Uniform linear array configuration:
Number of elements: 8
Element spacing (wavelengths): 0.25
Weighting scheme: hamming
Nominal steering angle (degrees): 45
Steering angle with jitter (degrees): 44.656
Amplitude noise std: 0.05
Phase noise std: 0.05

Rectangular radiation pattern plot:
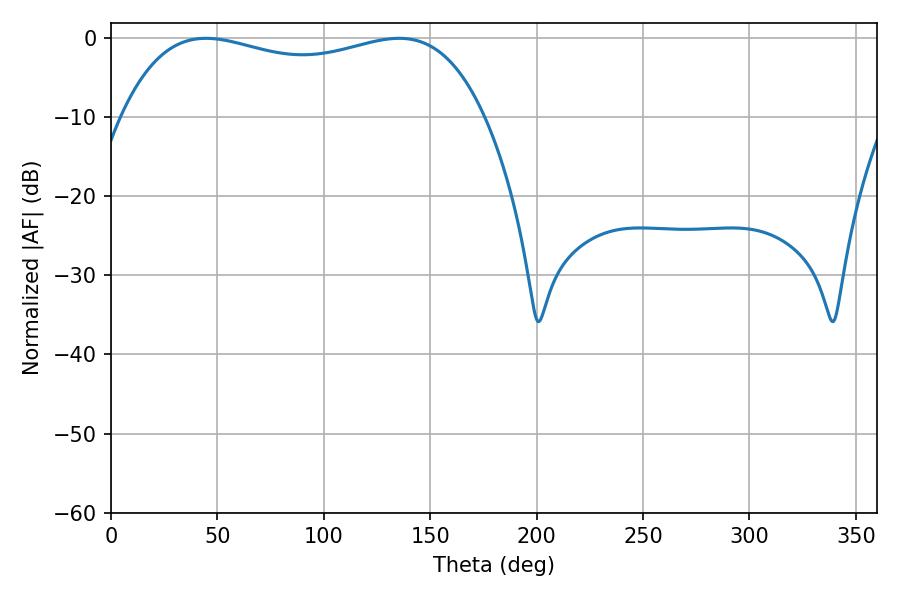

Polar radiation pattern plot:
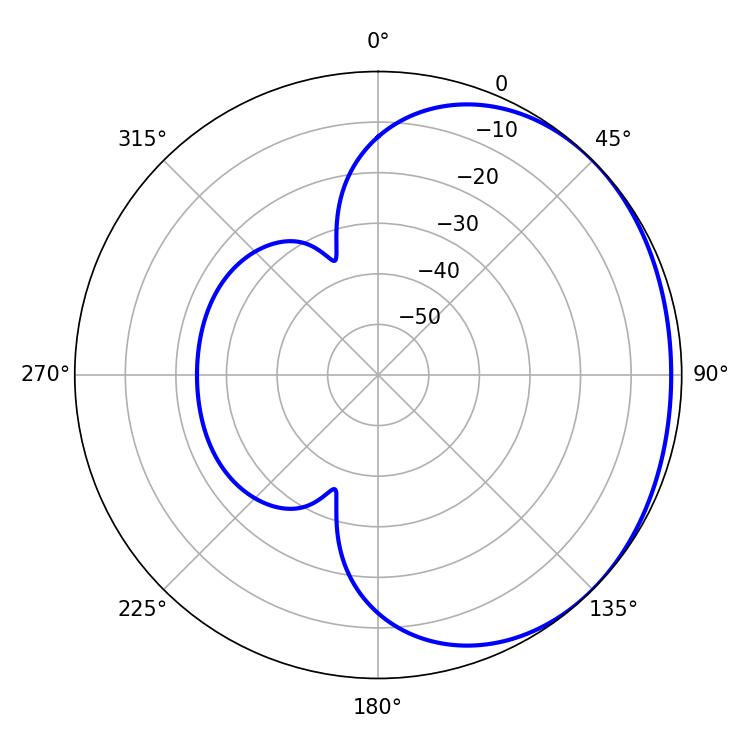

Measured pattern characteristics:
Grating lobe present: FALSE
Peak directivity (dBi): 1.191
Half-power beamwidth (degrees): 138.96
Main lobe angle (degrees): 44.64